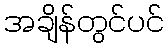
အချိန်တွင်ပင်